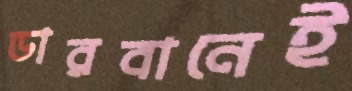
ডারবানেই